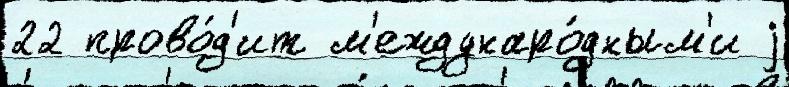
22 прово́д'ит м'еждунаро́дным'и j